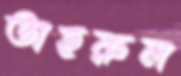
তাহরুল